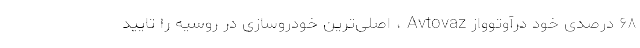
۶۸ درصدی خود درآوتوواز Avtovaz ، اصلی‌ترین خودروسازی در روسیه را تایید